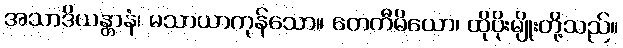
အသာဒိယန္တာနံ၊ မသာယာကုန်သော။ တေကီမိယော၊ ထိုပိုးမျိုးတို့သည်။